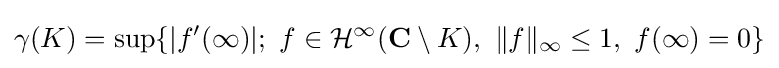
\gamma (K)=\sup\{|f'(\infty )|;\ f\in {\mathcal {H}}^{\infty }(\mathbf {C} \setminus K),\ \|f\|_{\infty }\leq 1,\ f(\infty )=0\}